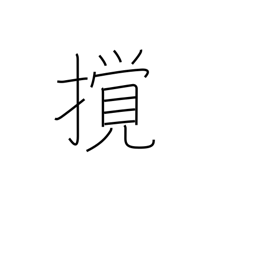
Meaning: disturb